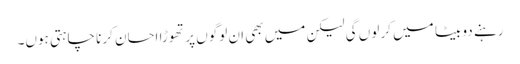
رہنے دو بیٹا میں کر لوں گی لیکن میں بھی ان لوگوں پر تھوڑا احسان کرنا چاہتی ہوں۔